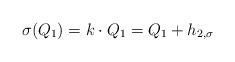
LaTeX: \begin{align*}\sigma(Q_{1})=k\cdot{Q_{1}}=Q_{1}+h_{2,\sigma}\end{align*}